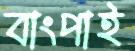
বাংপাই